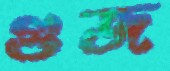
গুজ